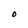
Character: O